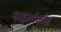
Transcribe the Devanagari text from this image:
फाइलोकोड